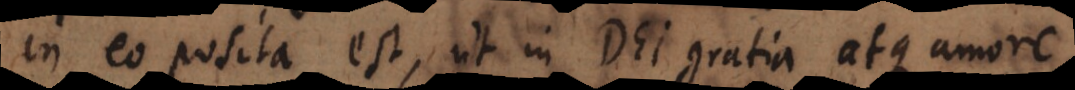
in eo posita est, ut in Dei gratia atque amore